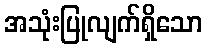
အသုံးပြုလျက်ရှိသော